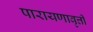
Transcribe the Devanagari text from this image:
पारायणावृत्ती